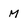
Character: M